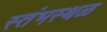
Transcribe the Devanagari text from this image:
स्तंभस्थळ